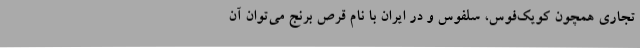
تجاری‌ همچون کویک‌فوس، سلفوس و در ایران با نام قرص برنج می‌توان آن